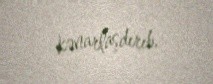
kənarlaşdırıb.